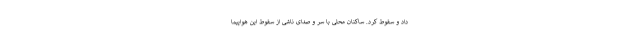
داد و سقوط کرد. ساکنان محلی با سر و صدای ناشی از سقوط این هواپیما